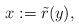
LaTeX: \begin{align*}x:=\tilde r(y),\end{align*}